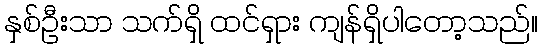
နှစ်ဦးသာ သက်ရှိ ထင်ရှား ကျန်ရှိပါတော့သည်။